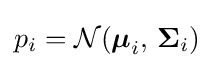
p_{i}={\mathcal {N}}({\boldsymbol {\mu }}_{i},\,{\boldsymbol {\Sigma }}_{i})